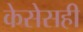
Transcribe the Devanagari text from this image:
केसेसही